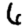
Digit: 6